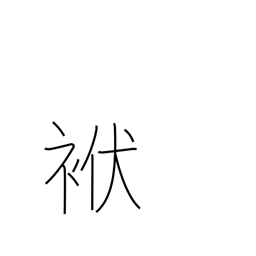
Meaning: cloth wrapper